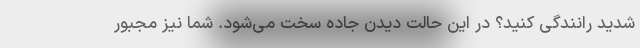
شدید رانندگی کنید؟ در این حالت دیدن جاده سخت می‌شود. شما نیز مجبور